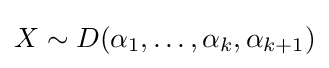
X\sim D(\alpha _{1},\ldots ,\alpha _{k},\alpha _{k+1})